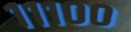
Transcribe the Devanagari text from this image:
१११००